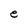
Character: e